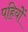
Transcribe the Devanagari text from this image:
पहियोें